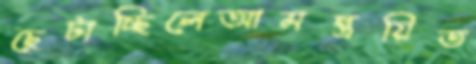
ছেটাচ্ছিলেআমন্ত্রয়িত